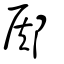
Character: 鄇